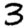
Digit: 3